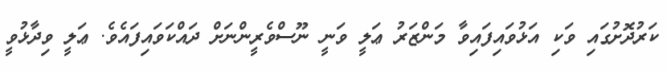
ކަރުދޮށުގައި ވަކި އަޅުވައިފައިވާ މަންޒަރު ޢަލީ ވަނީ ނޫސްވެރީންނަށް ދައްކަވައިފައެވެ. ޢަލީ ވިދާޅުވީ